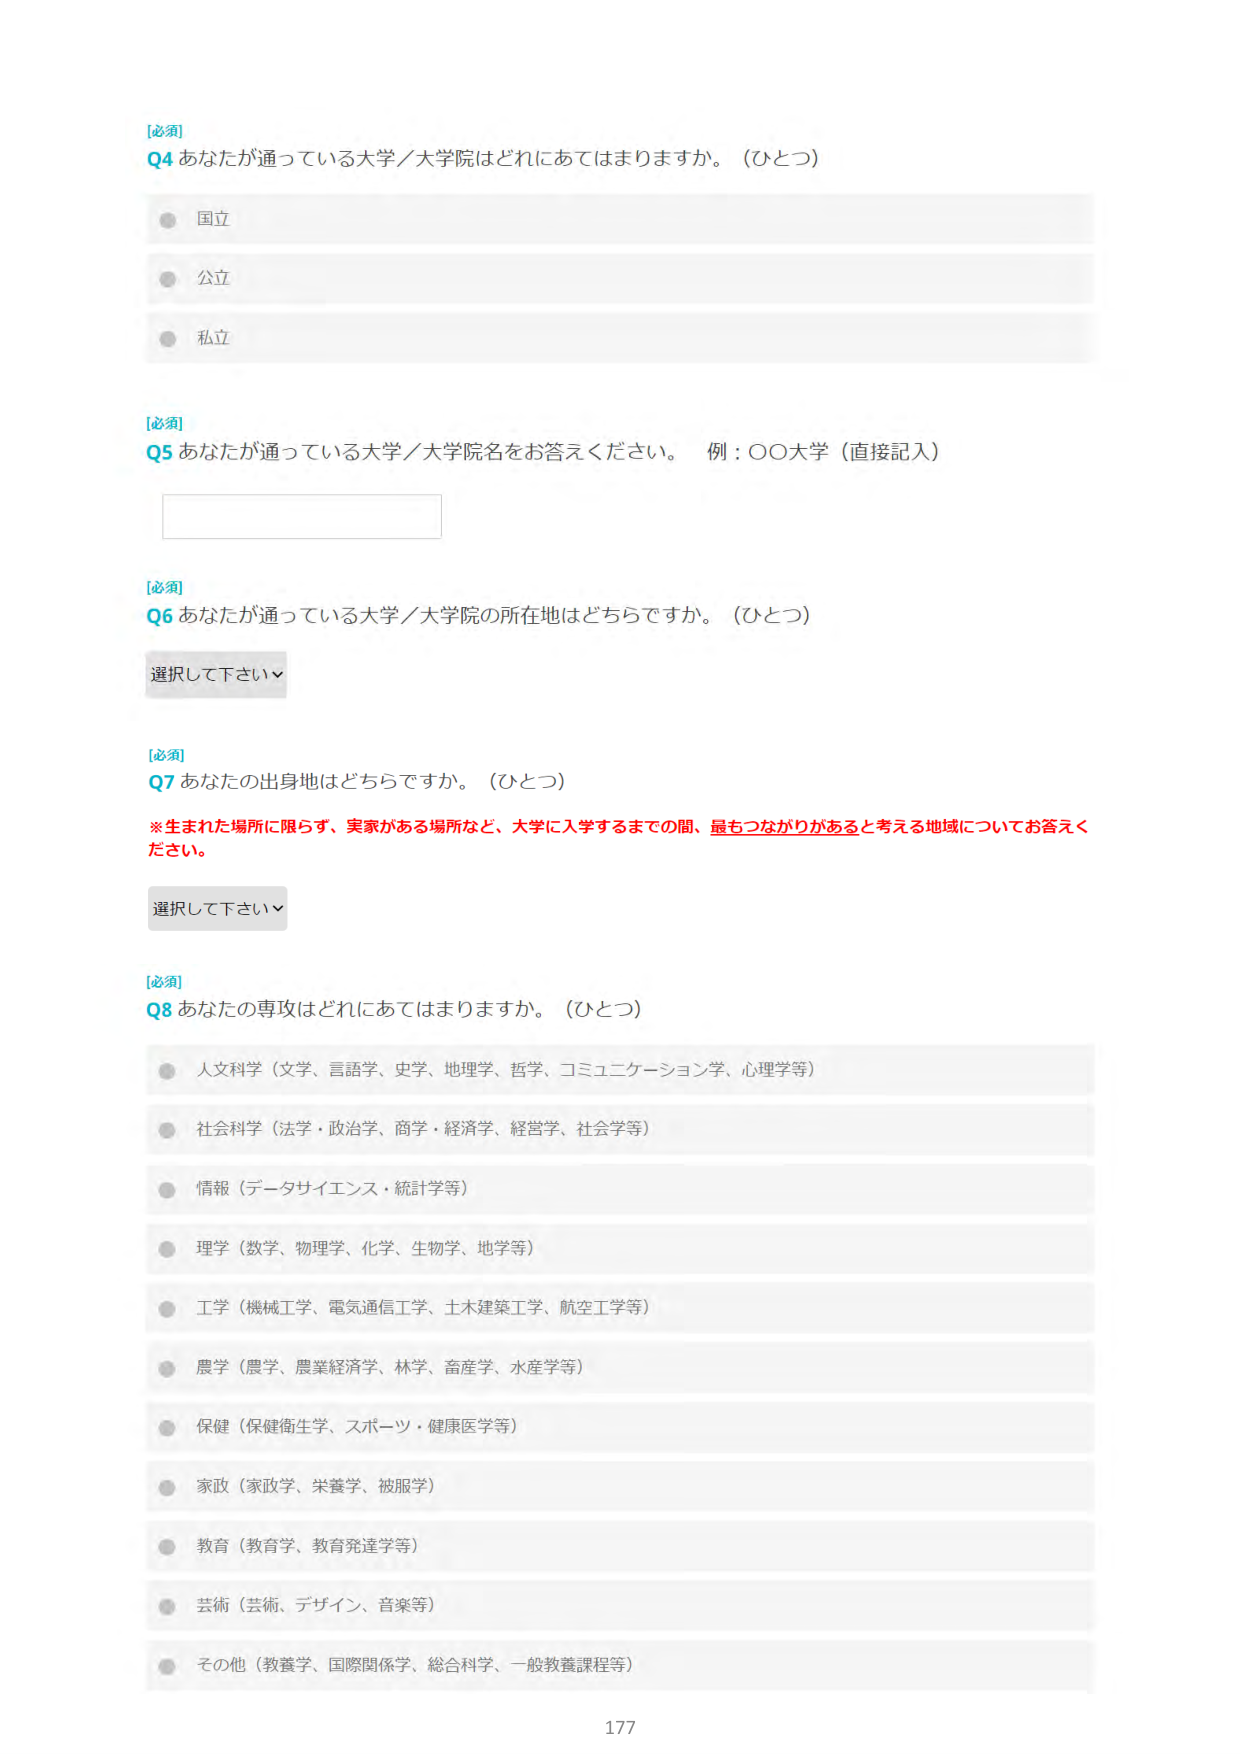
[必須]
Q4 あなたが通っている大学／大学院はどれにあてはまりますか。（ひとつ）
● 国立
● 公立
● 私立

[必須]
Q5 あなたが通っている大学／大学院名をお答えください。 例：○○大学（直接記入）

[必須]
Q6 あなたが通っている大学／大学院の所在地はどちらですか。（ひとつ）
選択して下さい▼

[必須]
Q7 あなたの出身地はどちらですか。（ひとつ）
※生まれた場所に限らず、実家がある場所など、大学に入学するまでの間、最もつながりがあると考える地域についてお答えください。
選択して下さい▼

[必須]
Q8 あなたの専攻はどれにあてはまりますか。（ひとつ）
● 人文科学（文学、言語学、史学、地理学、哲学、コミュニケーション学、心理学等）
● 社会科学（法学・政治学、商学・経済学、経営学、社会学等）
● 情報（データサイエンス・統計学等）
● 理学（数学、物理学、化学、生物学、地学等）
● 工学（機械工学、電気通信工学、土木建築工学、航空工学等）
● 農学（農学、農業経済学、林学、畜産学、水産学等）
● 保健（保健衛生学、スポーツ・健康医学等）
● 家政（家政学、栄養学、被服学）
● 教育（教育学、教育発達学等）
● 芸術（芸術、デザイン、音楽等）
● その他（教養学、国際関係学、総合科学、一般教養課程等）

177